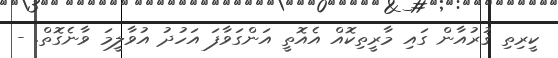
ކީރިތި ޤުރުއާން ގައި މާރީތިކޮއް އެއޮތީ އަންގަވާފަ އަހުދު އުވާލީމަ ވާނެގޮތް. -